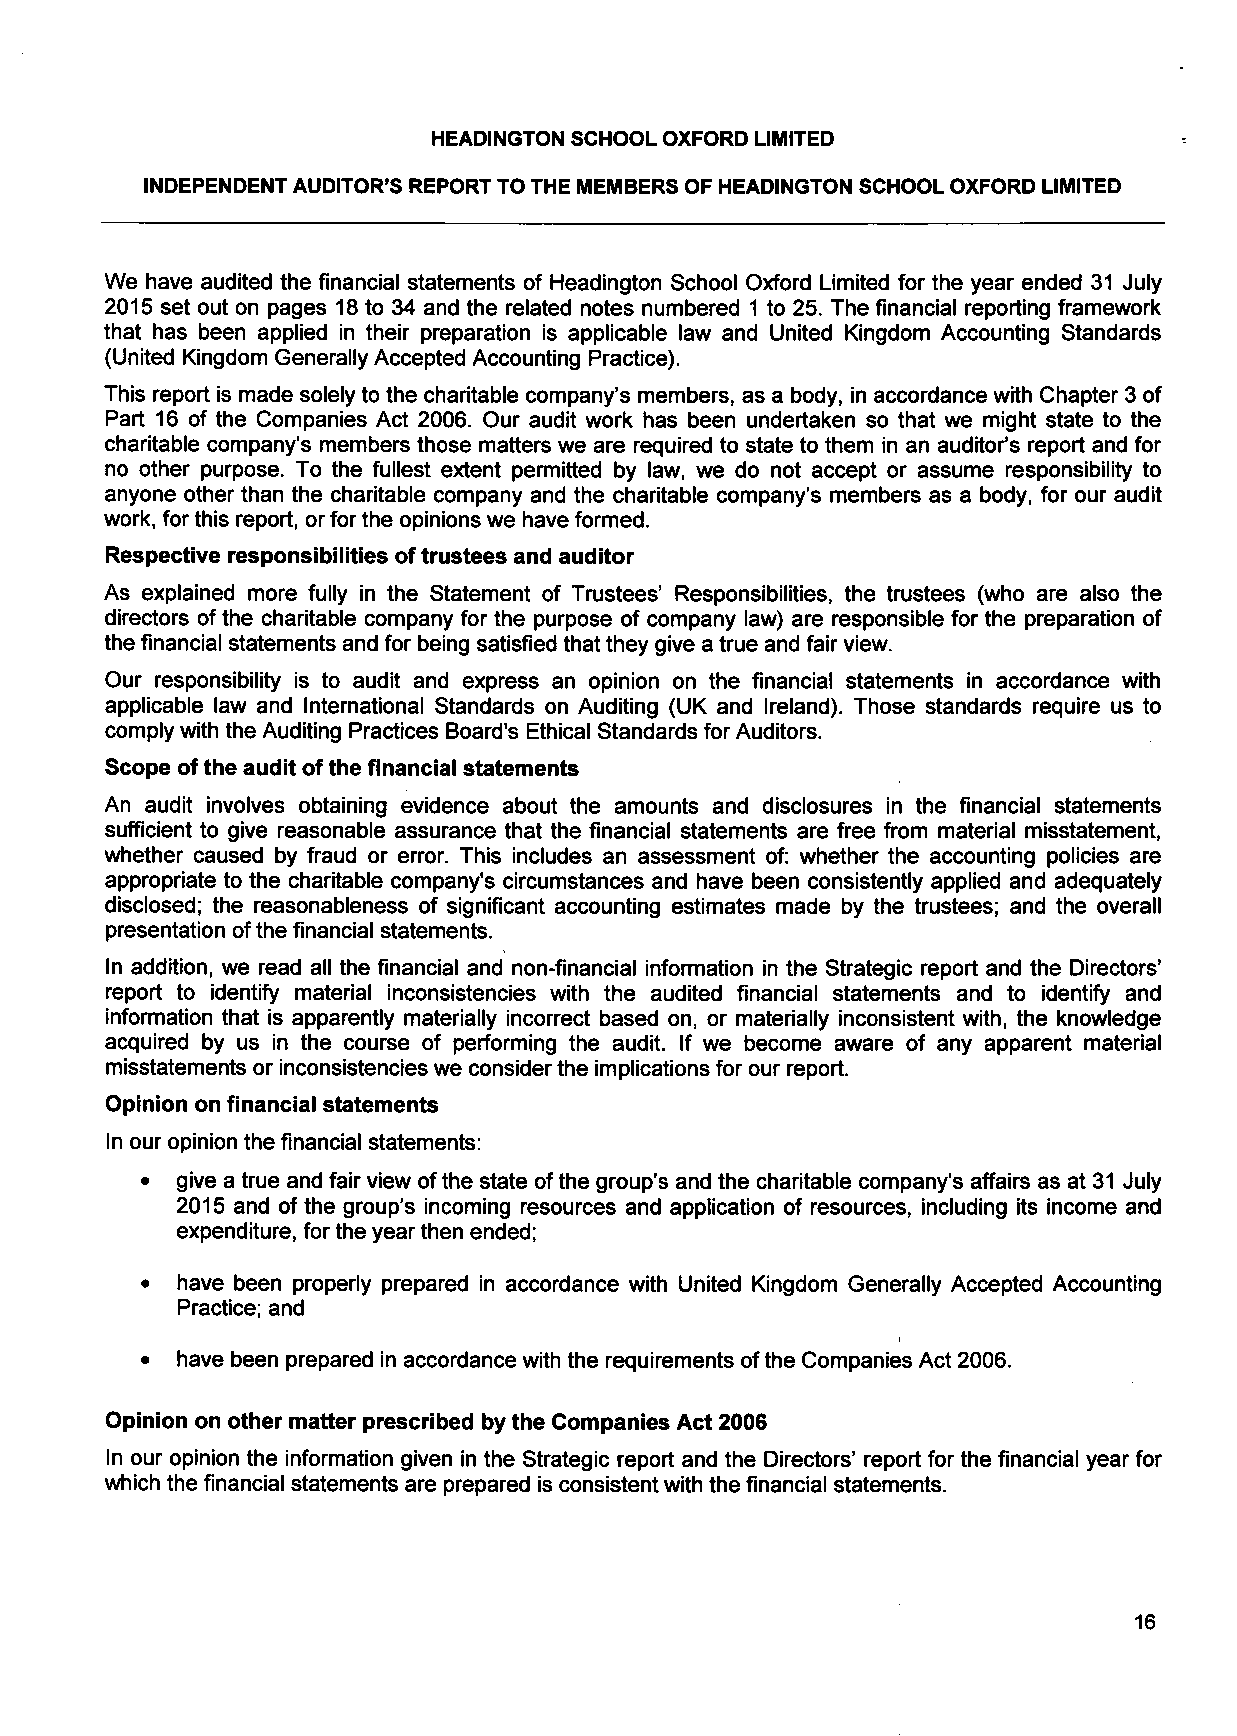
HEADINGTON SCHOOL OXFORD LIMITED
 INDEPENDENT AUDITOR'S REPORT TO THE MEMBERS OF HEADINGTON SCHOOL OXFORD LIMITED
 We have audited the financial statements of Headington School Oxford Limited for the year ended 31 July
 2015 set out on pages 18 to 34 and the related notes numbered 1 to 25. The financial reporting framework
 that has been applied in their preparation is applicable law and United Kingdom Accounting Standards
 (United Kingdom Generally Accepted Accounting Practice).
 This report is made solely to the charitable company's members, as a body, in accordance with Chapter 3 of
 Part 16 of the Companies Act 2006. Our audit work has been undertaken so that we might state to the
 charitable company's members those matters we are required to state to them in an auditor's report and for
 no other purpose. To the fullest extent permitted by law, we do not accept or assume responsibility to
 anyone other than the charitable company and the charitable company's members as a body, for our audit
 work, for this report, or for the opinions we have formed.
 Respective responsibilities of trustees and auditor
 As explained more fully in the Statement of Trustees' Responsibilities, the trustees (who are also the
 directors of the charitable company for the purpose of company law) are responsible for the preparation of
 the financial statements and for being satisfied that they give a true and fair view.
 Our responsibility is to audit and express an opinion on the financial statements in accordance with
 applicable law and International Standards on Auditing (UK and Ireland). Those standards require us to
 comply with the Auditing Practices Board's Ethical Standards for Auditors.
 Scope of the audit of the financial statements
 An audit involves obtaining evidence about the amounts and disclosures in the financial statements
 sufficient to give reasonable assurance that the financial statements are free from material misstatement,
 whether caused by fraud or error. This includes an assessment of: whether the accounting policies are
 appropriate to the charitable company's circumstances and have been consistently applied and adequately
 disclosed; the reasonableness of significant accounting estimates made by the trustees; and the overall
 presentation of the financial statements.
 In addition, we read all the financial and non-financial information in the Strategic report and the Directors'
 report to identify material inconsistencies with the audited financial statements and to identify and
 information that is apparently materially incorrect based on, or materially inconsistent with, the knowledge
 acquired by us in the course of performing the audit. If we become aware of any apparent material
 misstatements or inconsistencies we consider the implications for our report.
 Opinion on financial statements
 In our opinion the financial statements:
 •  give a true and fair view of the state of the group's and the charitable company's affairs as at 31 July
 2015 and of the group's incoming resources and application of resources, including its income and
 expenditure, for the year then ended;
 •  have been properly prepared in accordance with United Kingdom Generally Accepted Accounting
 Practice; and
 •  have been prepared in accordance with the requirements of the Companies Act 2006.
 Opinion on other matter prescribed by the Companies Act 2006
 In our opinion the information given in the Strategic report and the Directors' report for the financial year for
 which the financial statements are prepared is consistent with the financial statements.
 16